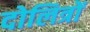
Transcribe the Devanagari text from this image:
दोलित्रों